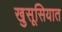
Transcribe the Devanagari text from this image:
खुसूसियात